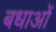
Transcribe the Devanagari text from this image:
बधाओं